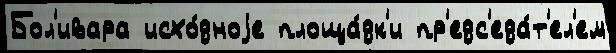
Бол'ивара исхо́дноjе площа́дк'и пр'едс'еда́т'ел'ем